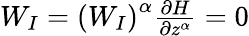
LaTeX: \begin{array}{r}{W_{I}=\left(W_{I}\right)^{\alpha}\frac{\partial H}{\partial z^{\alpha}}=0}\end{array}